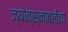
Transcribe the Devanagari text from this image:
ज्योत्स्नाबाईंचा